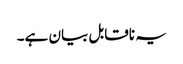
یہ ناقابل بیان ہے۔